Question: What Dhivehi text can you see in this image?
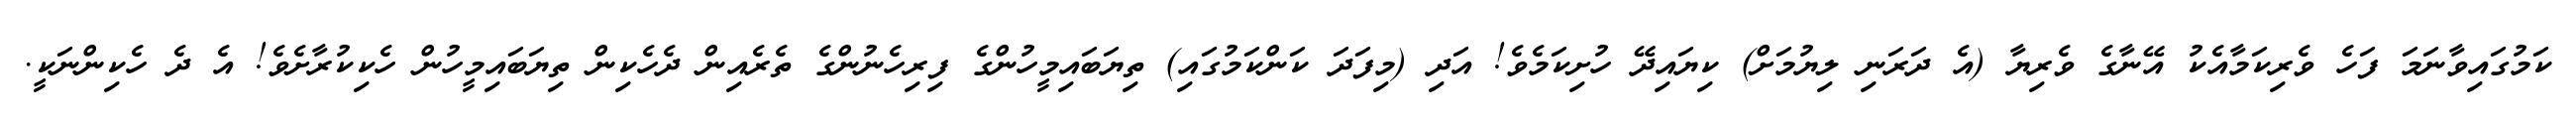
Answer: ކަމުގައިވާނަމަ ފަހެ ވެރިކަމާއެކު އޭނާގެ ވެރިޔާ (އެ ދަރަނި ލިޔުމަށް) ކިޔައިދޭ ހުށިކަމެވެ! އަދި (މިފަދަ ކަންކަމުގައި) ތިޔަބައިމީހުންގެ ފިރިހެނުންގެ ތެރެއިން ދެހެކިން ތިޔަބައިމީހުން ހެކިކުރާށެވެ! އެ ދެ ހެކިންނަކީ.